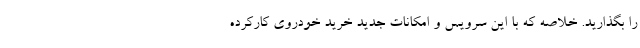
را بگذارید. خلاصه که با این سرویس و امکانات جدید خرید خودروی کارکرده